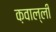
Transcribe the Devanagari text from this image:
क़वाल्ली